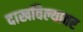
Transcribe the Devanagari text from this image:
दाखविल्यावर